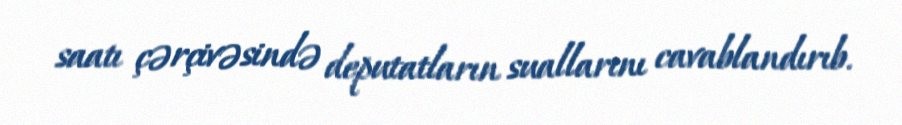
saatı çərçivəsində deputatların suallarını cavablandırıb.